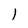
Character: l